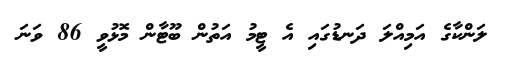
ލަންކާގެ އަމިއްލަ ދަނޑުގައި އެ ޓީމު އަތުން ބޫޓާން މޮޅުވީ 86 ވަނަ